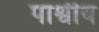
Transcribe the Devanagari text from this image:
पाश्वीय